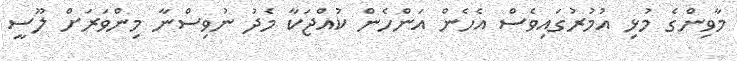
މާވިންގެ މުޅި އުމުރުގައިވެސް އެހެން އަންހެން ކުއްޖަކާ މެދު ނުވިސްނާ މިންވަރަށް ލޫސީ